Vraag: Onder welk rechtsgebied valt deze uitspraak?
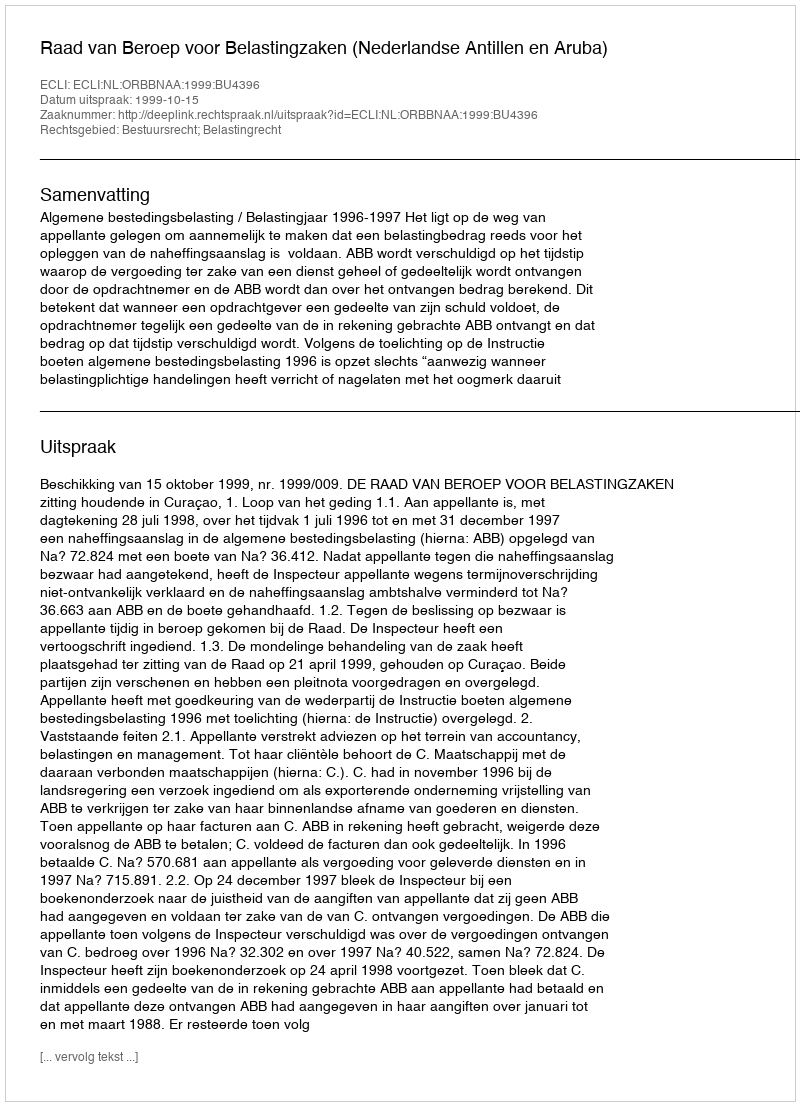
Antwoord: Bestuursrecht; Belastingrecht